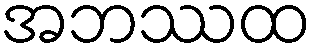
အဘဿထ